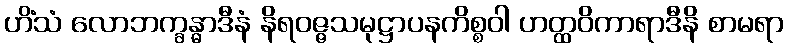
ဟိံသံ လောဘက္ခန္ဓာဒီနံ နိရဝဇ္ဇသမုဋ္ဌာပနကိစ္စဝါ ဟတ္ထဝိကာရာဒီနိ စာမရာ